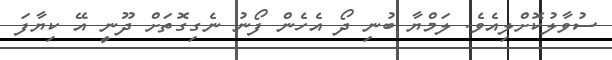
ސުވާލުކޮށްލިއެވެ. ލަމްޔާ ބުނި ދޯ އެހެން ފޯނު ނެގިގޮތަށް ދޫނީ އޭ ކިޔާފަ